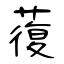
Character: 蕧